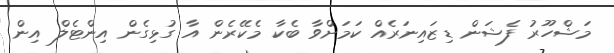
މަޝްހޫރު ފެޝަން ޑިޒައިނަރެއް ކަމަށްވާ ބެކާ މެކޭރެން އާ ގުޅިގެން އިންޓެލް އިން